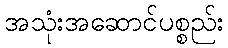
အသုံးအဆောင်ပစ္စည်း